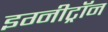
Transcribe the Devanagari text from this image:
इग्नीट्रॉन